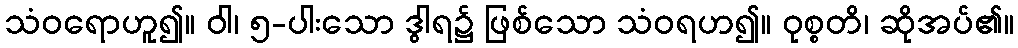
သံဝရောဟူ၍။ ဝါ၊ ၅-ပါးသော ဒွါရ၌ ဖြစ်သော သံဝရဟ၍။ ဝုစ္စတိ၊ ဆိုအပ်၏။